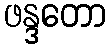
ဖန္ဒတော